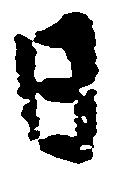
日